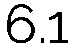
6.1